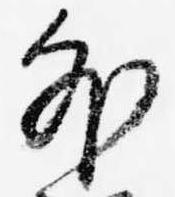
外